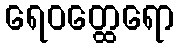
ရေဝတ္ထေရော